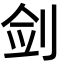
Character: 剑